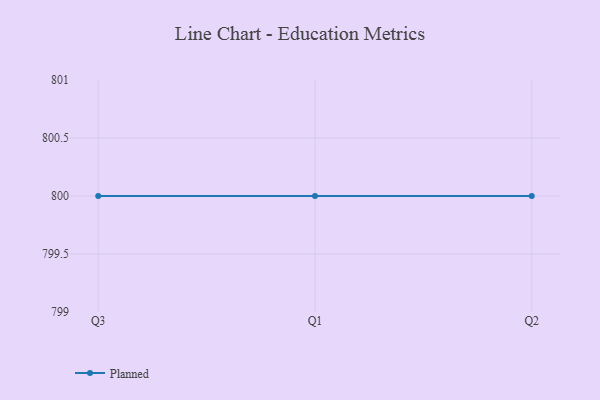
{"axis": {"x": "Quarter", "y": "Demand Index"}, "legend": ["Planned"], "data": [{"x": "Q3", "y": 800, "type": "Planned"}, {"x": "Q1", "y": 800, "type": "Planned"}, {"x": "Q2", "y": 800, "type": "Planned"}]}